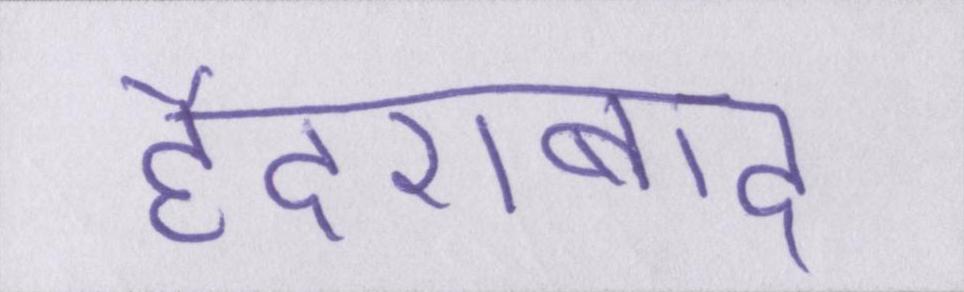
हैदराबाद